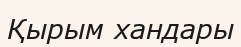
Қырым хандары